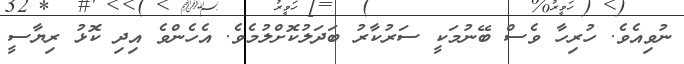
ނުވިއެވެ. ހުރިހާ ވެސް ބޭނުމަކީ ސަރުކާރު ބަދަލުކޮށްލުމެވެ. އެހެންވެ އިދި ކޮޅު ރިޔާސީ